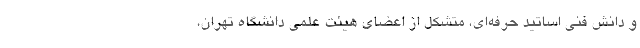
و دانش فنی اساتید حرفه‌ای، متشکل از اعضای هیئت علمی دانشگاه تهران،